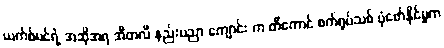
ယက်စ်မင်ရဲ့ အဆိုအရ အီတလီ နည်းပညာ ကျောင်း က တီကောင် စက်ရုပ်သစ် ပုံဖော်နိုင်မှုက